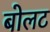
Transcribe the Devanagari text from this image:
बोलट